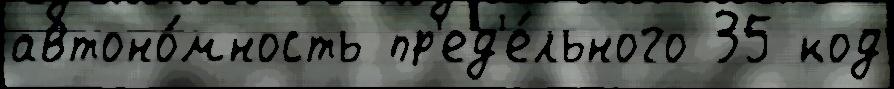
автоно́мность пр'ед'е́льного 35 код